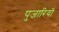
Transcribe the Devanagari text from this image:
पुजारियॊ